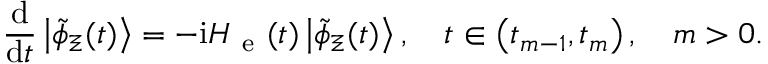
\frac { \mathrm { d } } { \mathrm { d } t } \left| \tilde { \phi } _ { \Xi } ( t ) \right\rangle = - \mathrm { i } H _ { \mathrm { ~ e ~ } } ( t ) \left| \tilde { \phi } _ { \Xi } ( t ) \right\rangle , \quad t \in \left( t _ { m - 1 } , t _ { m } \right) , \quad m > 0 .